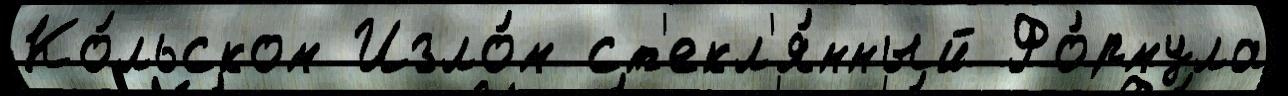
Ко́льском Изло́м ст'екл'я́нный Фо́рмула